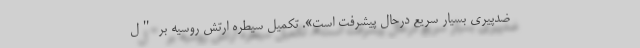
ضدپیری بسیار سریع درحال پیشرفت است». تکمیل سیطره ارتش روسیه بر "ل